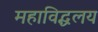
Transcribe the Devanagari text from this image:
महाविद्धलय